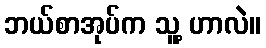
ဘယ်စာအုပ်က သူ့ ဟာလဲ။